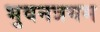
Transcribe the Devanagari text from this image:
भुवनत्रयम